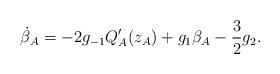
LaTeX: \begin{align*}\dot\beta_A = -2 g_{-1} Q'_A(z_A) + g_1 \beta_A - \frac{3}{2}g_2.\end{align*}